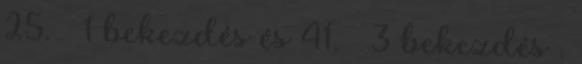
25. § 1 bekezdés és 41. § 3 bekezdés .